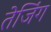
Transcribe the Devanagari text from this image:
तेजिंग